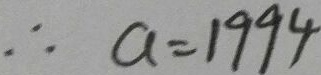
\therefore a = 1 9 9 4